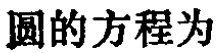
圆的方程为